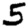
Digit: 5